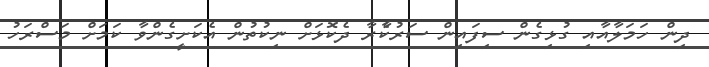
ދިން ހަމަލާއާއި ގުޅިގެން ސިފައިން ސަރުކާެރާ ދެކޮޅަށް ނިކުތުން އެކަށީގެންވާ ކަމަށް މަސްރަހު